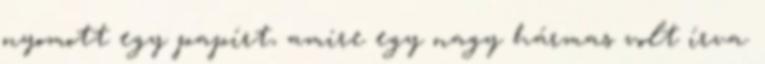
nyomott egy papírt, amire egy nagy hármas volt írva.